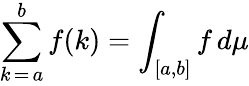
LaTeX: \sum_{k\mathop{=}a}^{b}f(k)=\int_{[a,b]}f\, d\mu